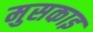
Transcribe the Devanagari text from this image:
मुसकाइ